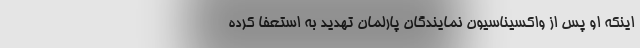
اینکه او پس از واکسیناسیون نمایندگان پارلمان تهدید به استعفا کرده